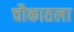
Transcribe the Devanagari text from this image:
चौकातला